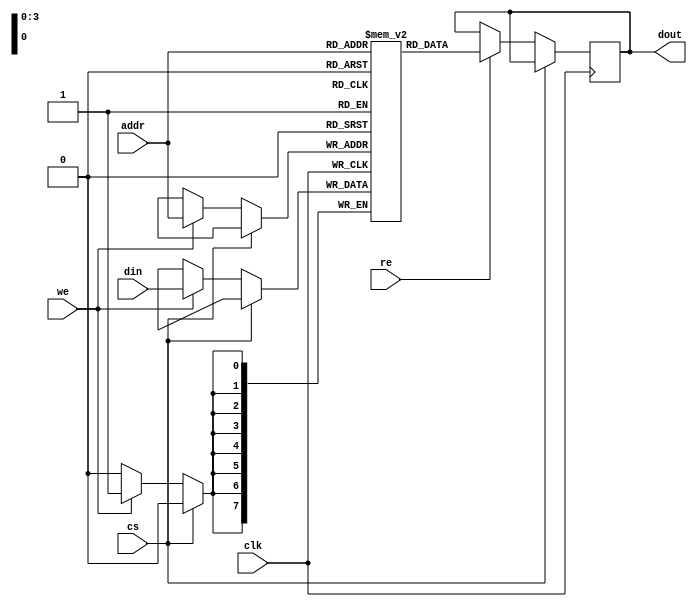
module eSRAM #(
    parameter ADDR_WIDTH = 4, // Address width (number of bits)
    parameter DATA_WIDTH = 8,  // Data width (number of bits)
    parameter MEM_SIZE = 16    // Total number of memory locations
) (
    input wire clk,                 // Clock signal
    input wire cs,                  // Chip select
    input wire we,                  // Write enable
    input wire re,                  // Read enable
    input wire [ADDR_WIDTH-1:0] addr, // Address input
    input wire [DATA_WIDTH-1:0] din,   // Data input
    output reg [DATA_WIDTH-1:0] dout   // Data output
);

    // Memory array declaration
    reg [DATA_WIDTH-1:0] mem [0:MEM_SIZE-1]; // Define the memory array

    // Read and Write operations
    always @(posedge clk) begin
        if (~cs) begin // Chip select active low
            if (we) begin // Write operation
                mem[addr] <= din; // Store data in memory
            end
            if (re) begin // Read operation
                dout <= mem[addr]; // Read data from memory
            end
        end
    end

endmodule